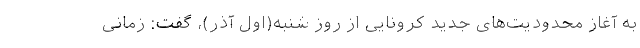
به آغاز محدودیت‌های جدید کرونایی از روز شنبه(اول آذر)، گفت: زمانی